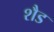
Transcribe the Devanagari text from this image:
शैड